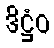
ဒိဋ္ဌံဝ